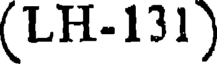
(LH-131)